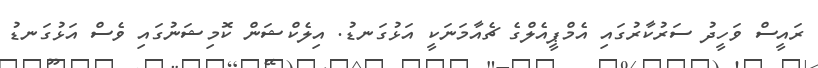
ރައީސް ވަހީދު ސަރުކާރުގައި އެމްޕީއެލްގެ ޗެއާމަނަކީ އަޅުގަނޑު. އިލެކްޝަން ކޮމިޝަނުގައި ވެސް އަޅުގަނޑު